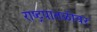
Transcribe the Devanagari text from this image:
राष्ट्रपातळीवर